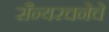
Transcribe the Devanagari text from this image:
सैन्यरचनेचे